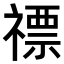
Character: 𥛦